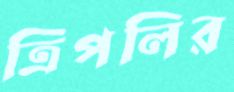
ত্রিপলির